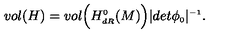
v o l ( H ) = v o l \Bigl ( H _ { \scriptscriptstyle d R } ^ { \scriptscriptstyle 0 } ( M ) \Bigr ) \vert d e t \phi _ { \scriptscriptstyle 0 } \vert ^ { \scriptscriptstyle - 1 } .